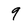
Character: 9